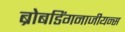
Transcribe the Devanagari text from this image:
ब्रोबडिंगनाजीयन्स